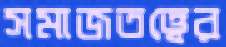
সমাজতত্ত্বের